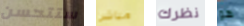
ستتحسن مباشرا نظرك هو